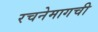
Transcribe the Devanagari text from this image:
रचनेमागची